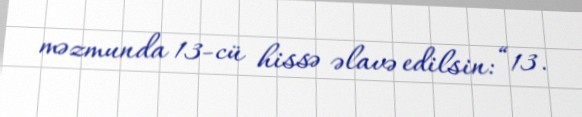
məzmunda 13-cü hissə əlavə edilsin: “13.